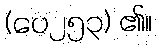
(ပေ၂၅၃) ၏။